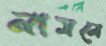
নামবে